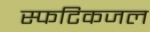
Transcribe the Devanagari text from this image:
स्फटिकजल